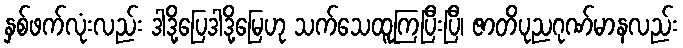
နှစ်ဖက်လုံးလည်း ဒါဒို့ပြေဒါဒို့မြေဟု သက်သေထူကြပြီးပြီ၊ ဇာတိပုညဂုဏ်မာနလည်း